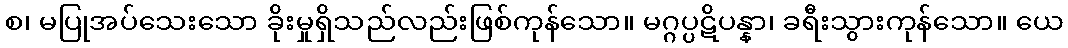
စ၊ မပြုအပ်သေးသော ခိုးမှုရှိသည်လည်းဖြစ်ကုန်သော။ မဂ္ဂပ္ပဋိပန္နာ၊ ခရီးသွားကုန်သော။ ယေ